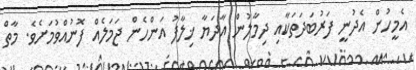
އެމީހުން އެދުނީ ފަރުބަދަތަކާއި ދިމާލުން އާދަޔާ ޚިލާފު އަންހެން ޖަމަލެއް ފޮނުއްވުމަށެވެ. މާތް